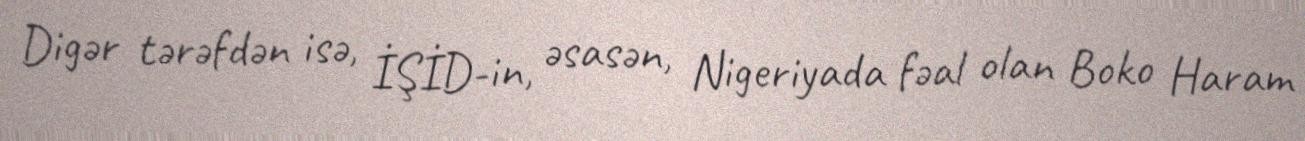
Digər tərəfdən isə, İŞİD-in, əsasən, Nigeriyada fəal olan Boko Haram